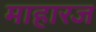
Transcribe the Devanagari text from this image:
माहारज